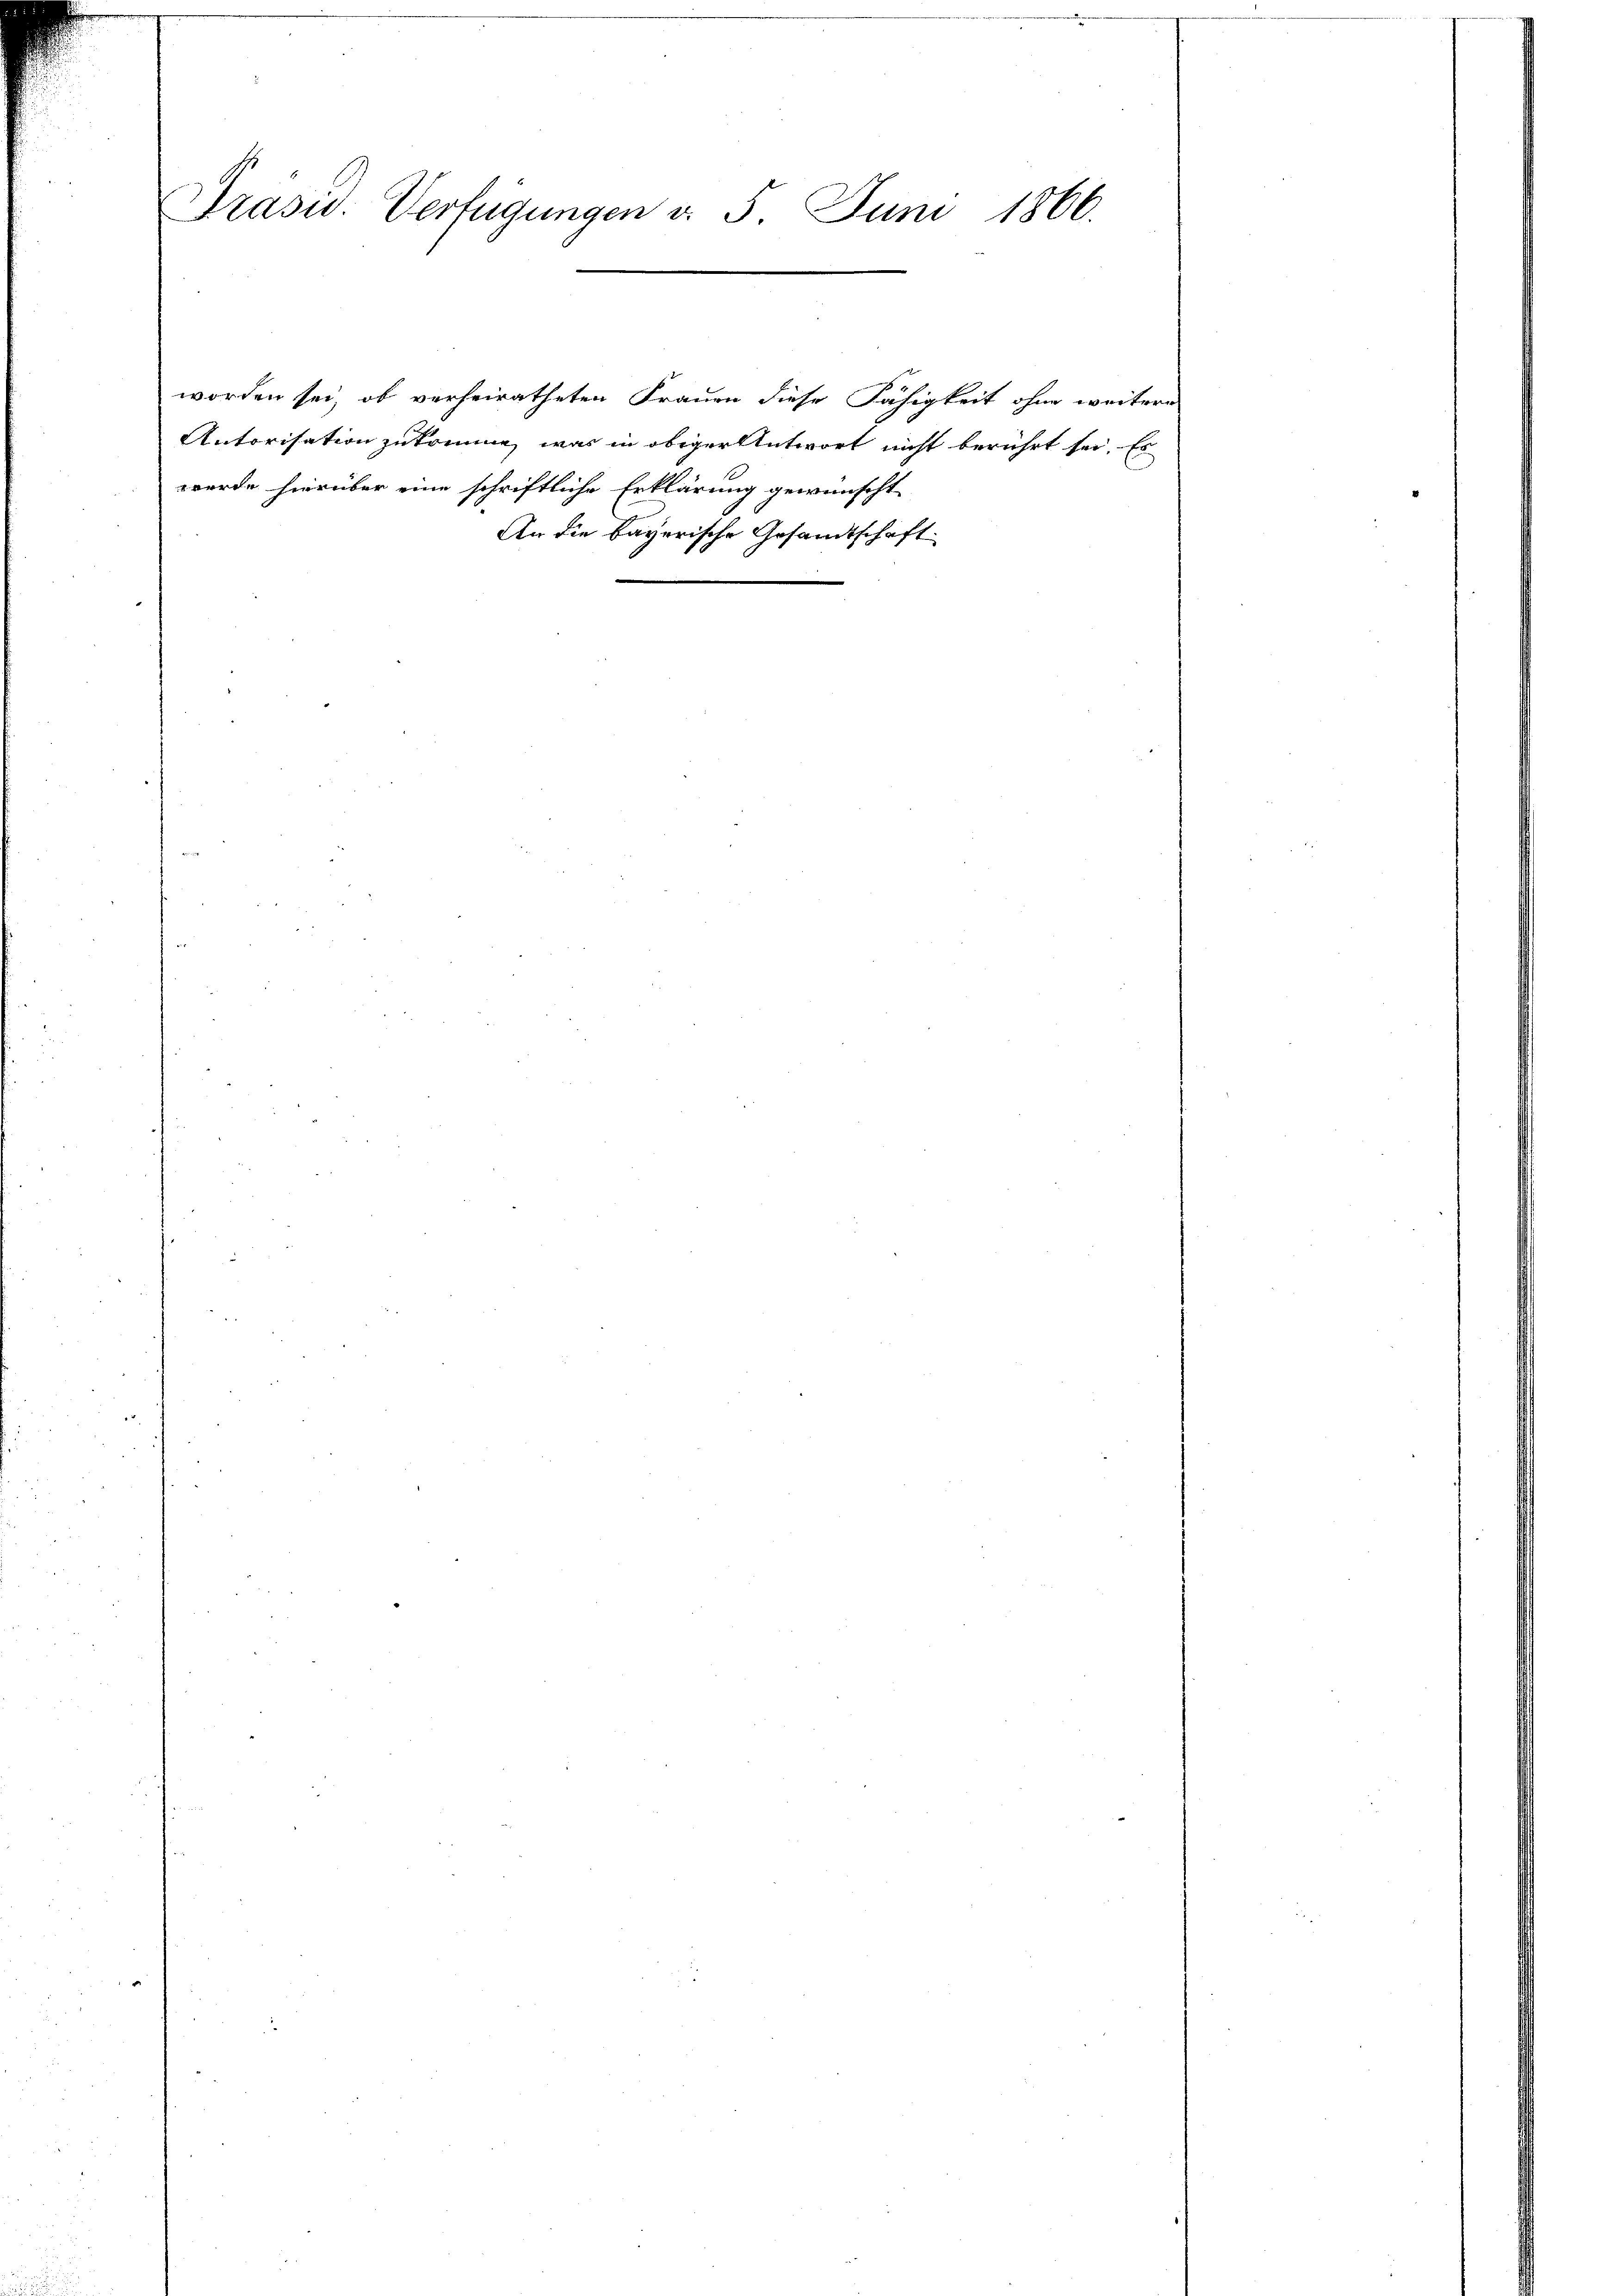
Präsid. Verfügungen d. 5. Juni 1866.

werde hierüber eine schriftliche Erklärung gewünscht

worden sei, ob verheiratheten Frauen diese Fähigkeit ohne weitere
Autorisation zukomme, was in obiger Antwort nicht berührt sei. Es
An die bayerische Gesandtschaft